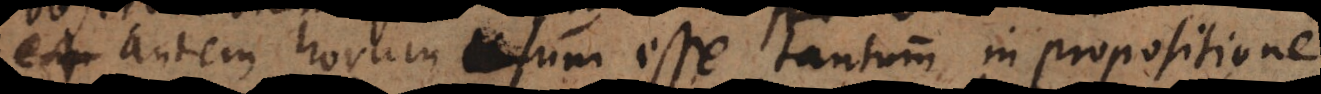
est autem horum usum esse tantum in propositione